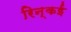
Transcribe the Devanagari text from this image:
रिन्कई